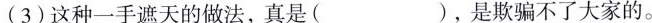
(3)这种一手遮天的做法，真是( )，是欺骗不了大家的。